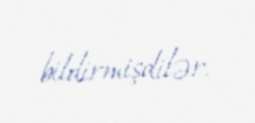
bildirmişdilər.